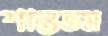
শান্ততম